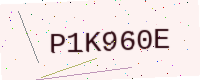
Text: P1K960E